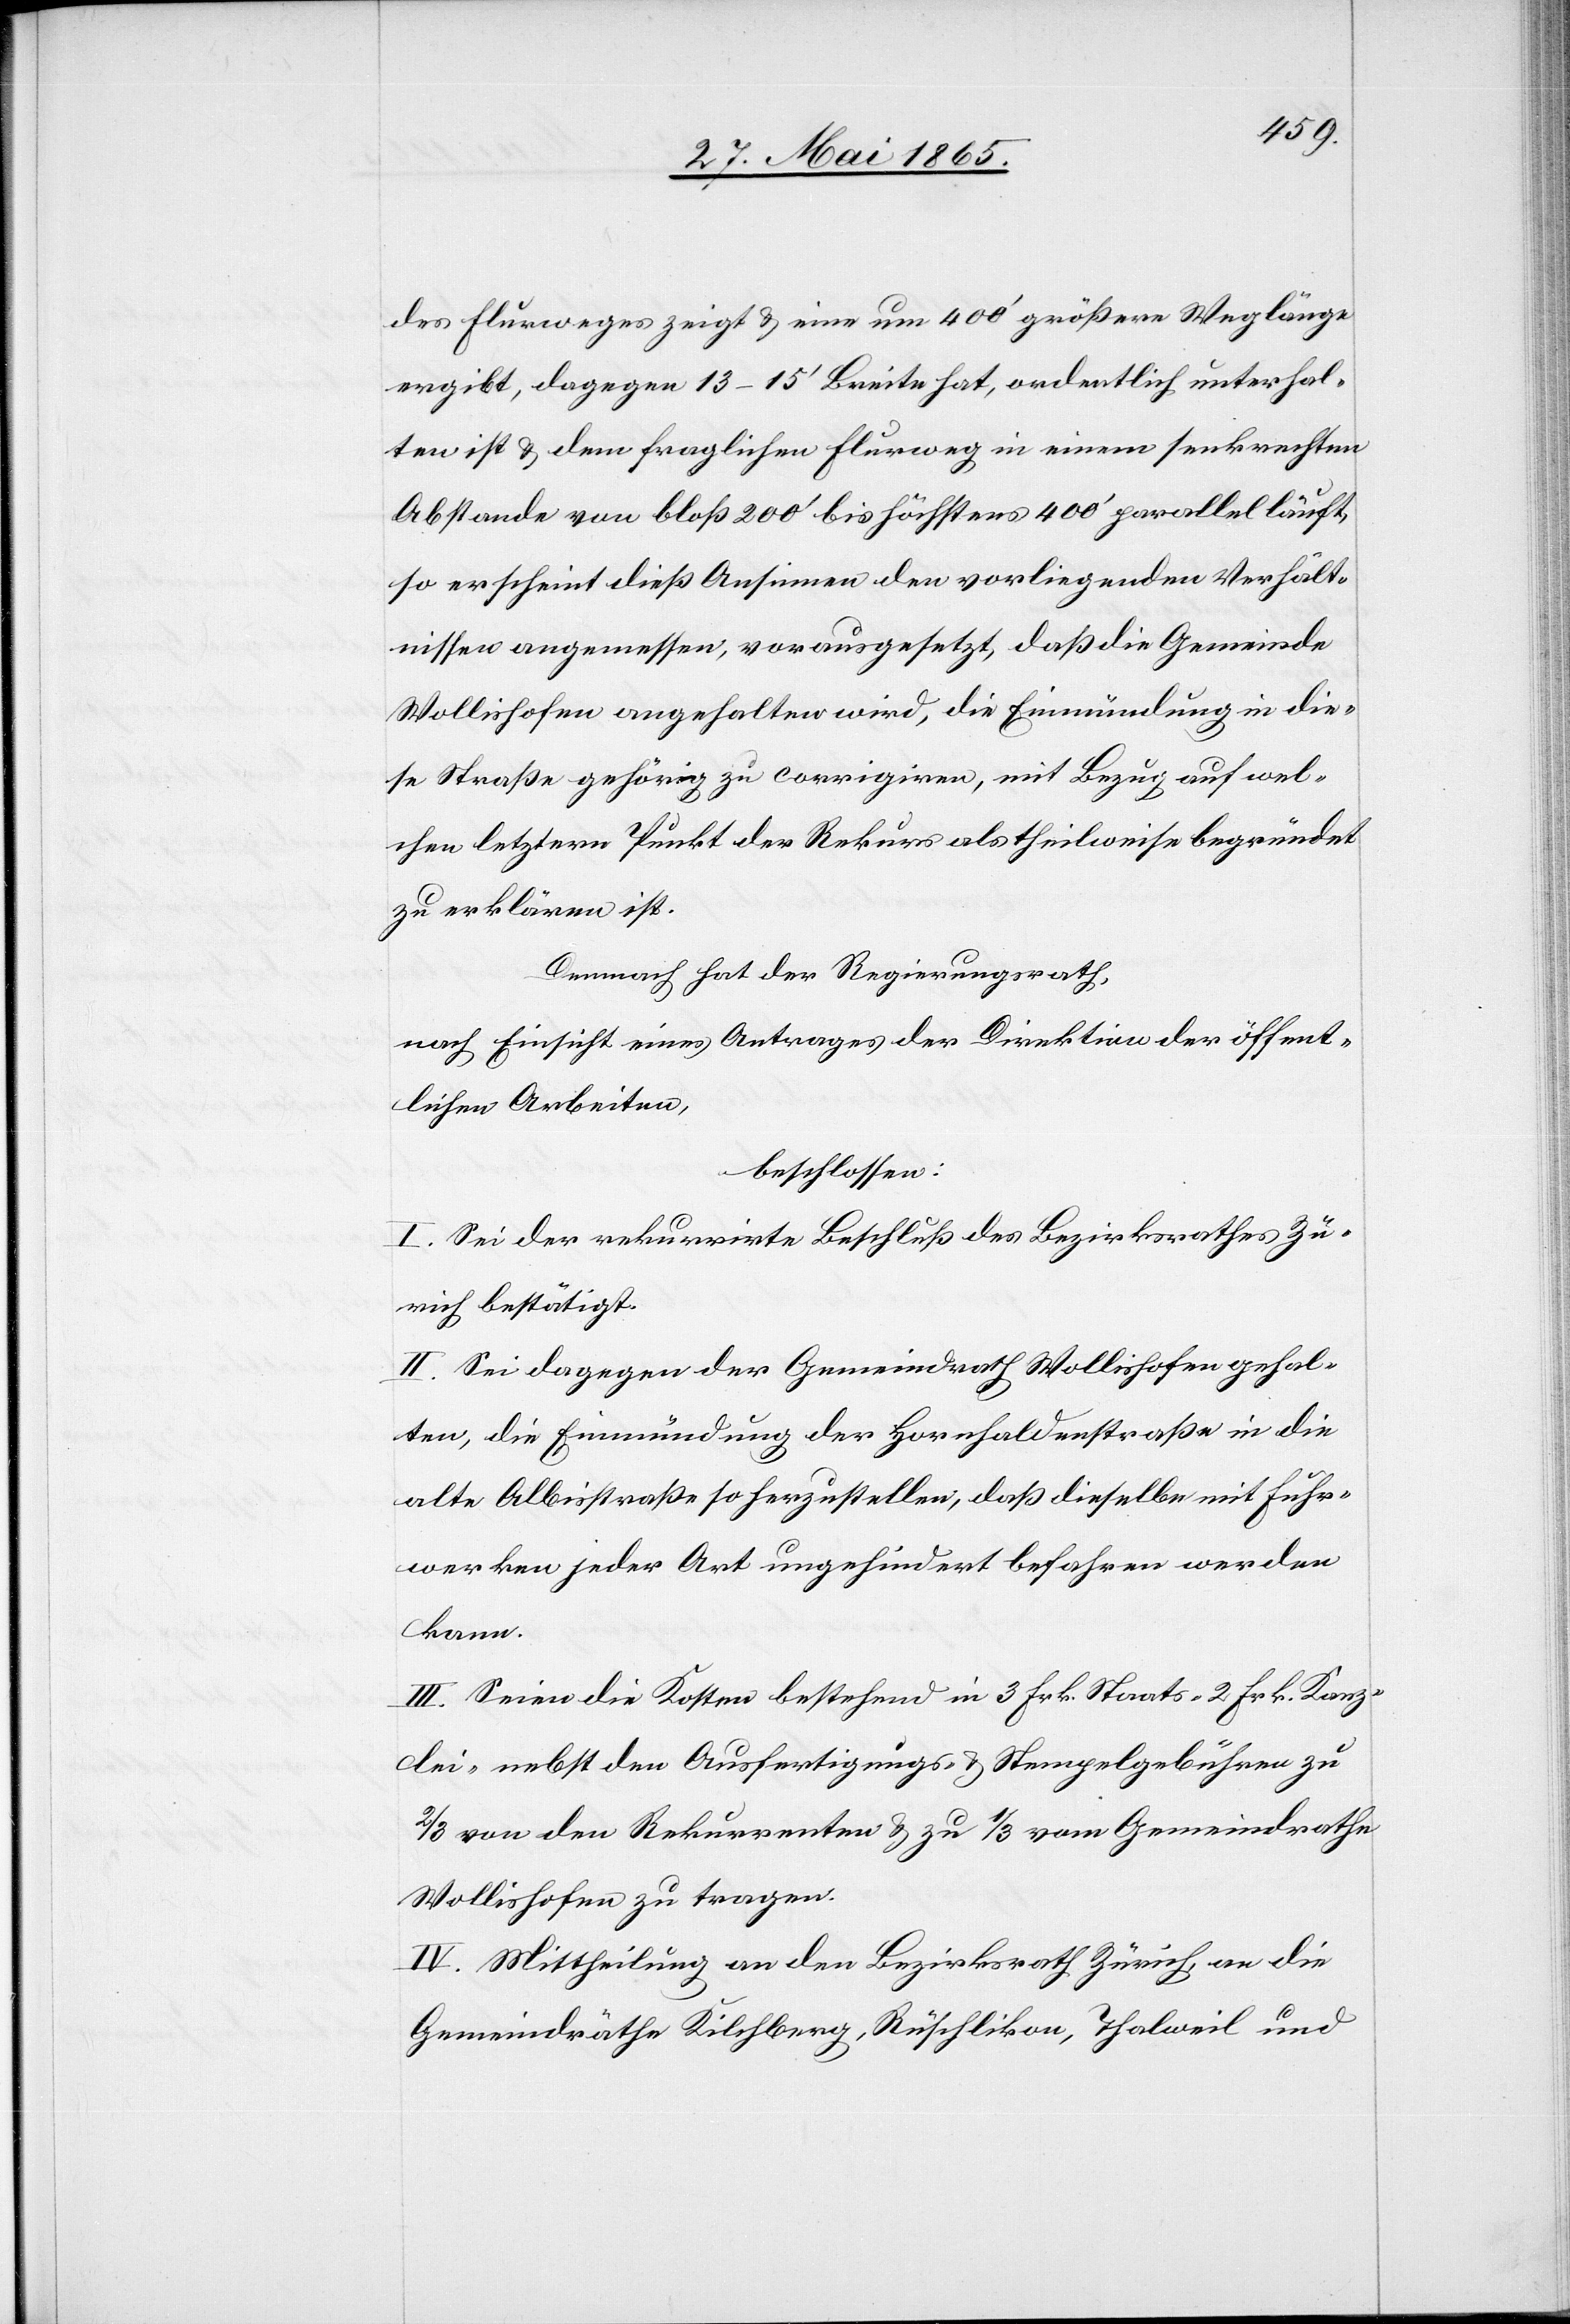
des Flurweges zeigt & eine um 400’ größere Weglänge
ergibt, dagegen 13–15’ Breite hat, ordentlich unterhal¬
ten ist & dem fraglichen Flurweg in einem senkrechten
Abstande von bloß 200’ bis höchstens 400’ parallel läuft,
so erscheint dieß Ansinnen den vorliegenden Verhält¬
nissen angemessen, vorausgesetzt, daß die Gemeinde
Wollishofen angehalten wird, die Einmündung in die¬
se Straße gehörig zu corrigiren, mit Bezug auf wel¬
chen letztern Punkt der Rekurs als theilweise begründet
zu erklären ist.
Demnach hat der Regierungsrath,
nach Einsicht eines Antrages der Direktion der öffent¬
lichen Arbeiten,
beschlossen:
I. Sei der rekurrirte Beschluß des Bezirksrathes Zü¬
rich bestätigt.
II. Sei dagegen der Gemeindrath Wollishofen gehal¬
ten, die Einmündung der Hornhaldenstraße in die
alte Albisstraße so herzustellen, daß dieselbe mit Fuhr¬
werken jeder Art ungehindert befahren werden
kann.
III. Seien die Kosten bestehend in 3 Frk. Staats-[,] 2 Frk. Kanz¬
lei- nebst den Ausfertigungs- & Stempelgebühren zu
2/3 von den Rekurrenten & zu 1/3 vom Gemeindrathe
Wollishofen zu tragen.
IV. Mittheilung an den Bezirksrath Zürich, an die
Gemeindräthe Kilchberg, Rüschlikon, Thalweil und